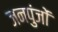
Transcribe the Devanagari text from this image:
जनपुंजों